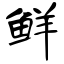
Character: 鲜